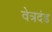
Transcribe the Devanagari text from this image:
वेत्रदंड